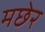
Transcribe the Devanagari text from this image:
मछेर